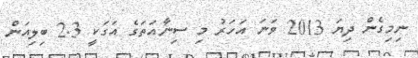
ނިމިގެން ދިޔަ 2013 ވަނަ އަހަރު މި ސިނާއަތަގެ އަގަކީ 2.3 ބިލިއަން